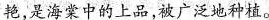
艳，是海棠中的上品，被广泛地种植。